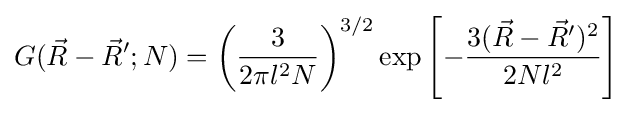
G({\vec {R}}-{\vec {R}}';N)=\left({\frac {3}{2\pi l^{2}N}}\right)^{3/2}\exp \left[-{\frac {3({\vec {R}}-{\vec {R}}')^{2}}{2Nl^{2}}}\right]